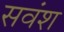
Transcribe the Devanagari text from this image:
सवंश